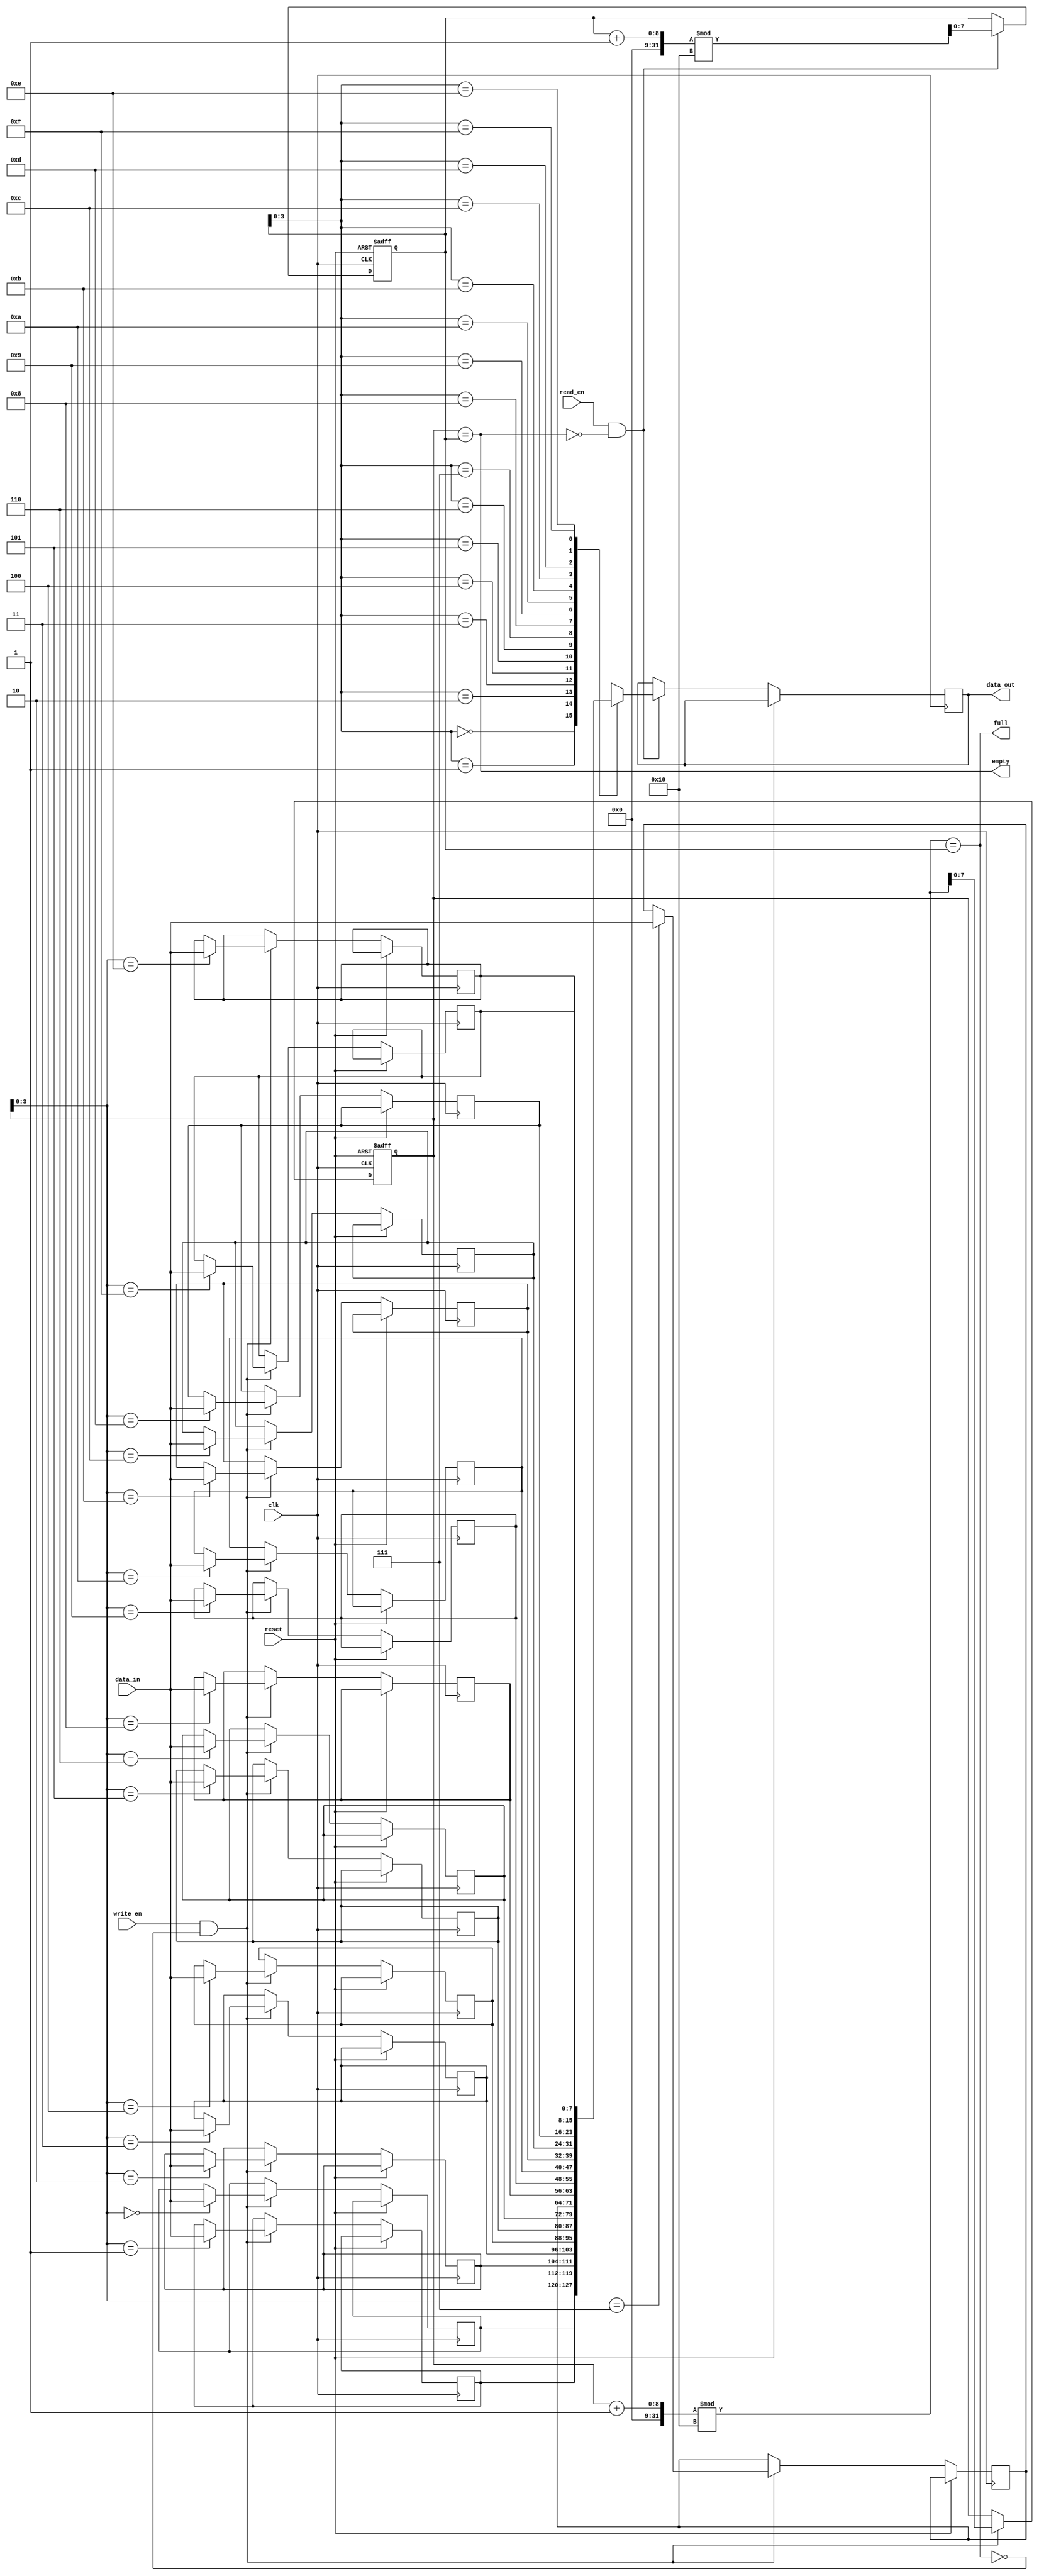
module fifo
(
    input wire clk,
    input wire reset,
    input wire read_en,
    input wire write_en,
    input wire [DATA_WIDTH-1:0] data_in,
    output reg [DATA_WIDTH-1:0] data_out,
    output wire full,
    output wire empty
);

parameter FIFO_DEPTH = 16;
parameter DATA_WIDTH = 8;

reg [DATA_WIDTH-1:0] fifo_mem [FIFO_DEPTH - 1:0];
reg [DATA_WIDTH-1:0] read_pointer;
reg [DATA_WIDTH-1:0] write_pointer;

assign full = ((write_pointer + 1) % FIFO_DEPTH) == read_pointer;
assign empty = write_pointer == read_pointer;

always @(posedge clk or posedge reset) begin
    if (reset) begin
        read_pointer <= 0;
        write_pointer <= 0;
    end else begin
        if (read_en && !empty) begin
            data_out <= fifo_mem[read_pointer];
            read_pointer <= (read_pointer + 1) % FIFO_DEPTH;
        end
        if (write_en && !full) begin
            fifo_mem[write_pointer] <= data_in;
            write_pointer <= (write_pointer + 1) % FIFO_DEPTH;
        end
    end
end

endmodule